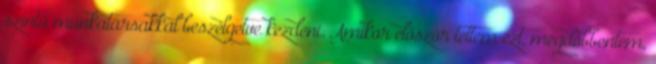
szintű munkatársakkal beszélgetve kezdeni. Amikor először tettem ezt, megdöbbentem,